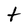
Character: T